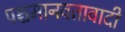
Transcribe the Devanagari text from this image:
पश्चमानवतावादी